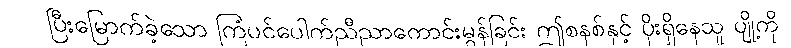
ပြီးမြောက်ခဲ့သော ကြံပင်ပေါက်ညီညာကောင်းမွန်ခြင်း ဤစနစ်နှင့် ပိုးရှိနေသူ ပျို့ကို